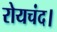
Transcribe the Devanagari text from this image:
रोयचंद।